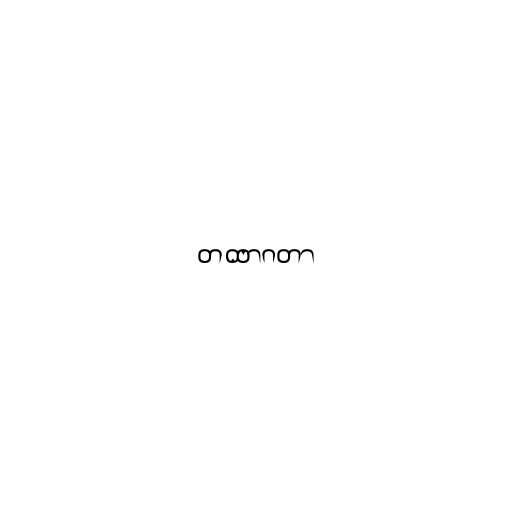
တထာဂတာ